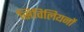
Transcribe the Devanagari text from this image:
सिविलियनों